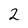
Character: 2